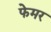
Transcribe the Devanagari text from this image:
फेमर